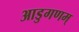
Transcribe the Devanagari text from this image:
आडुगणम्